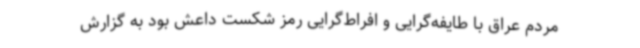
مردم عراق با طایفه‌گرایی و افراط‌گرایی رمز شکست داعش بود به گزارش